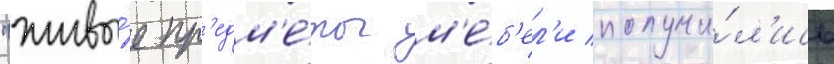
"живы́е пр'едм'е́ты м'е́б'ел'и получи́л'ись